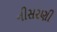
નીસરણી